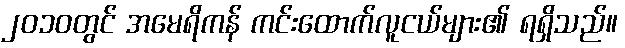
၂၀၁၀တွင် အမေရိကန် ကင်းထောက်လူငယ်များ၏ ရရှိသည်။